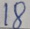
1 8